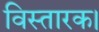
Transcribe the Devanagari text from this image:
विस्तारक।